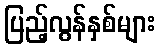
ပြည့်လွန်နှစ်များ